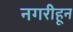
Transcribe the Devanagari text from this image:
नगरीहून